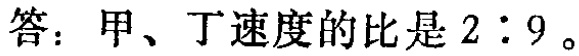
答：甲、丁速度的比是 \(2:9\)。